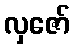
လှဇော်